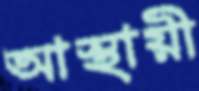
আস্থায়ী